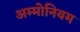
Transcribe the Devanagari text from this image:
अम्मोनियम